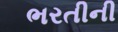
ભરતીની